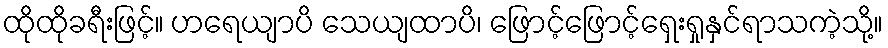
ထိုထိုခရီးဖြင့်။ ဟရေယျာပိ သေယျထာပိ၊ ဖြောင့်ဖြောင့်ရှေးရှုနှင်ရာသကဲ့သို့။